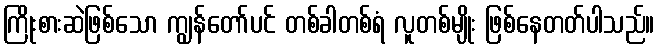
ကြိုးစားဆဲဖြစ်သော ကျွန်တော်ပင် တစ်ခါတစ်ရံ လူတစ်မျိုး ဖြစ်နေတတ်ပါသည်။